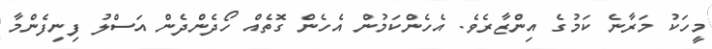
މީހަކު މަރާނެ ކަމުގެ އިންޒާރެވެ. އެހެންކަމުން އެހެން ގޮތެއް ހޯދެންދެން އަސްލު ފިނިފެންމާ